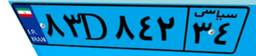
۱۶D۴۷۸۰۴